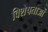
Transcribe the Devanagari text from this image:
विशेषताओें